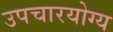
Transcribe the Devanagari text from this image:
उपचारयोग्य